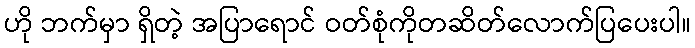
ဟို ဘက်မှာ ရှိတဲ့ အပြာရောင် ဝတ်စုံကိုတဆိတ်လောက်ပြပေးပါ။